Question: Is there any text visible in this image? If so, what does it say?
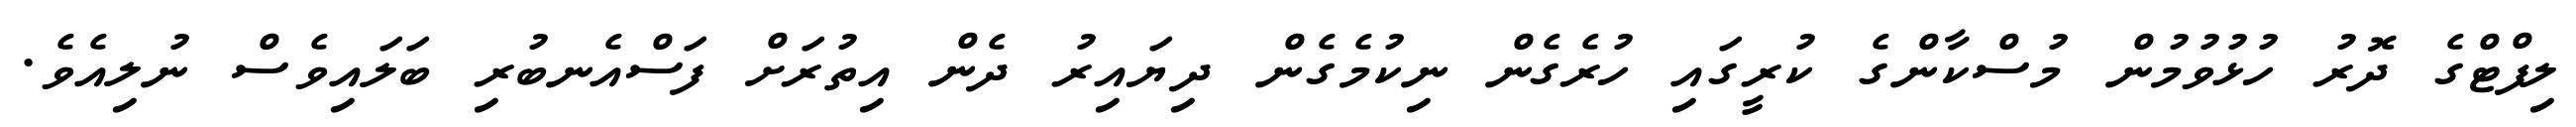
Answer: ލިފްޓްގެ ދޮރު ހުޅުވުމުން މުސްކާންގެ ކުރީގައި ހުރެގެން ނިކުމެގެން ދިޔައިރު ދެން އިތުރަށް ފަސްއެނބުރި ބަލައިވެސް ނުލިއެވެ.